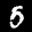
Label: 5